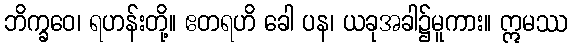
ဘိက္ခဝေ၊ ရဟန်းတို့။ ဧတရဟိ ခေါ ပန၊ ယခုအခါ၌မူကား။ ဣမဿ